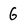
Character: 6